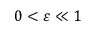
0 < \varepsilon \ll 1